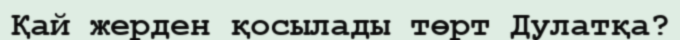
Қай жерден қосылады төрт Дулатқа?